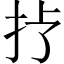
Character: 𢪀